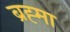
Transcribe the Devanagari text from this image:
ब्रह्‍मा